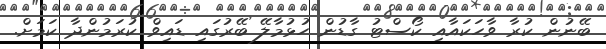
ބޭނުން ކުރާ ވާހަކައާއި ކޯސްޓު ގާޑުން ހުޅުމާލޭ ބޭރުގައި ޑައިވް ކުރަމުންދާ ކަމަށް.